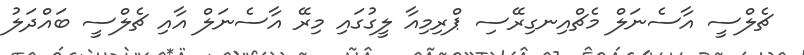
ޗެލްސީ އާސެނަލް މެޗްއިނގިރޭސި ޕްރިމިއާ ލީގުގައި މިރޭ އާސެނަލް އާއި ޗެލްސީ ބައްދަލު